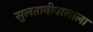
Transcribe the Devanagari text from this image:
सुलतानीवालाला